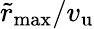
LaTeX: \tilde{r}_{\mathrm{max}}/v_{\mathrm{u}}